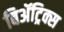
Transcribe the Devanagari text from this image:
बिॲट्रिक्स